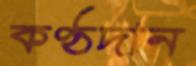
কণ্ঠদান